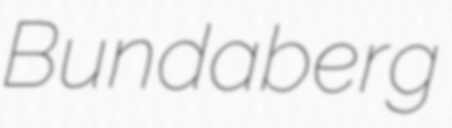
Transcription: Bundaberg